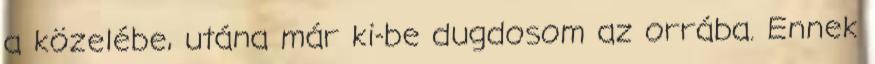
a közelébe, utána már ki-be dugdosom az orrába. Ennek